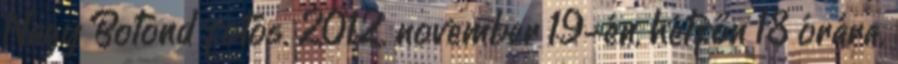
Nagy Botond fotós. 2012. november 19-én, hétfőn 18 órára.